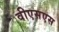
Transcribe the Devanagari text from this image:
वीएसएस